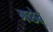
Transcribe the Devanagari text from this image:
गच्छेत्‌